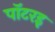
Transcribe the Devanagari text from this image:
पॉटरइ